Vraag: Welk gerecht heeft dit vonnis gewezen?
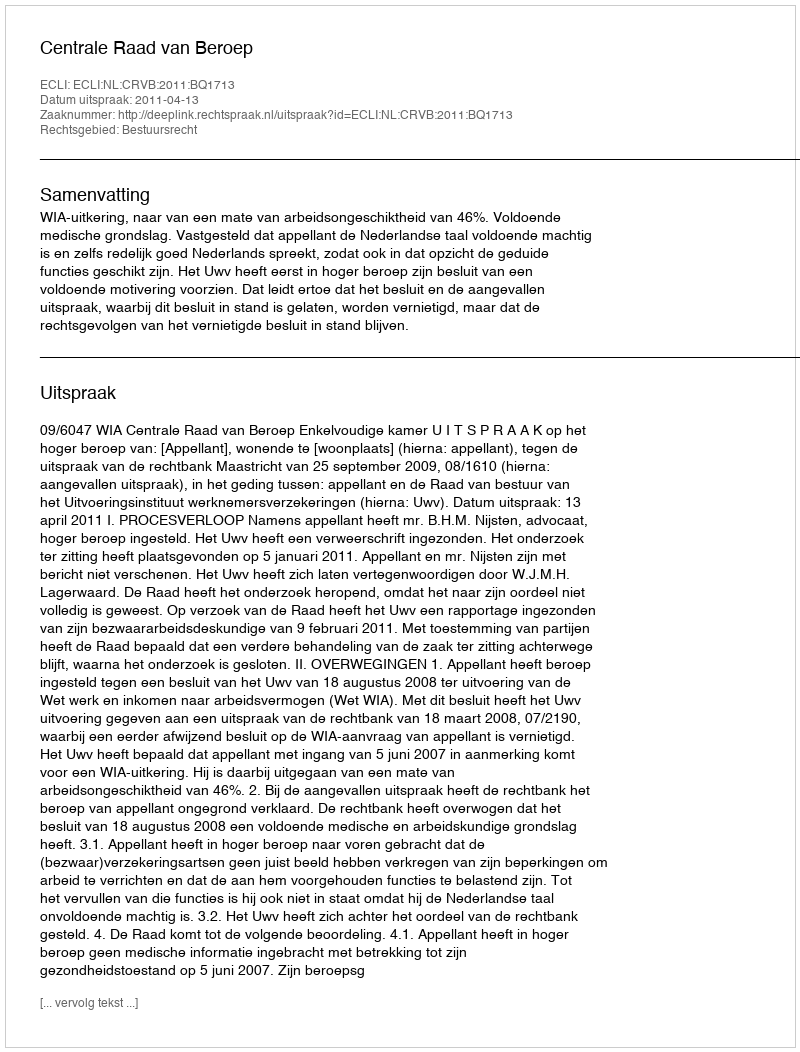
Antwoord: Centrale Raad van Beroep